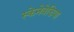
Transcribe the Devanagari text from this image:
स्केनेवेडिया